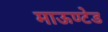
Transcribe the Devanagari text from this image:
माऊण्टेड